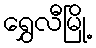
ရွှေလီမြို့